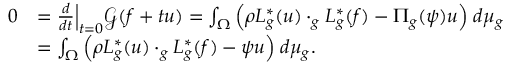
\begin{array} { r l } { 0 } & { = \frac { d } { d t } \Big | _ { t = 0 } \mathcal G ( f + t u ) = \int _ { \Omega } \Big ( \rho L _ { g } ^ { * } ( u ) \cdot _ { g } L _ { g } ^ { * } ( f ) - \Pi _ { g } ( \psi ) u \Big ) \; d \mu _ { g } } \\ & { = \int _ { \Omega } \Big ( \rho L _ { g } ^ { * } ( u ) \cdot _ { g } L _ { g } ^ { * } ( f ) - \psi u \Big ) \; d \mu _ { g } . } \end{array}